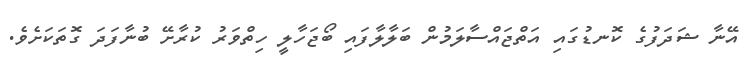
އޭނާ ޝަދަފުގެ ކޮނޑުގައި އަތްޖައްސާލަމުން ބަލާލާފައި ބޯޖަހާލީ ހިތްވަރު ކުރާށޭ ބުނާފަދަ ގޮތަކަށެވެ.